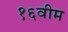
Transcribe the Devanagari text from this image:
१६वीम